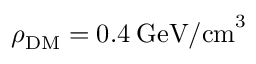
\rho _ { \mathrm { { D M } } } = 0 . 4 \: \mathrm { G e V / c m } ^ { 3 }